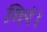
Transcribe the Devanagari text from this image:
गिरं।